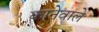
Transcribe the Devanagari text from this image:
कानेवाले